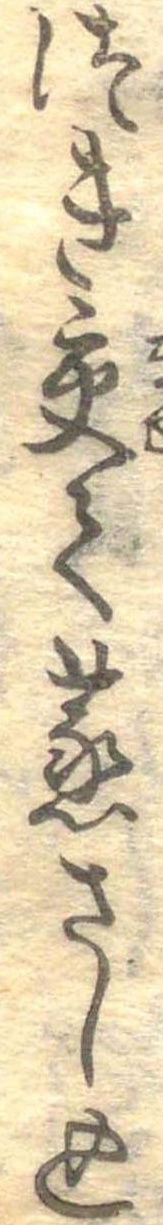
つき交て蒸さし込